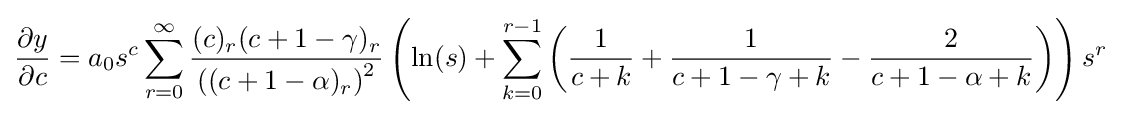
{\frac {\partial y}{\partial c}}=a_{0}s^{c}\sum _{r=0}^{\infty }{\frac {(c)_{r}(c+1-\gamma )_{r}}{\left((c+1-\alpha )_{r}\right)^{2}}}\left(\ln(s)+\sum _{k=0}^{r-1}{\left({\frac {1}{c+k}}+{\frac {1}{c+1-\gamma +k}}-{\frac {2}{c+1-\alpha +k}}\right)}\right)s^{r}